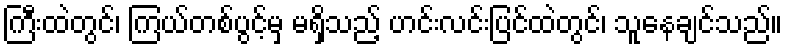
ကြီးထဲတွင်၊ ကြယ်တစ်ပွင့်မှ မရှိသည့် ဟင်းလင်းပြင်ထဲတွင်၊ သူနေချင်သည်။